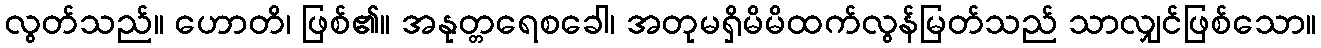
လွတ်သည်။ ဟောတိ၊ ဖြစ်၏။ အနုတ္တရေစခေါ၊ အတုမရှိမိမိထက်လွန်မြတ်သည် သာလျှင်ဖြစ်သော။